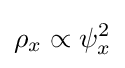
\rho _{x}\propto \psi _{x}^{2}